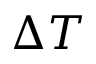
\Delta T